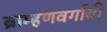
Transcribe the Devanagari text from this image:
ब्राम्हणवर्गाची